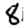
Digit: 8